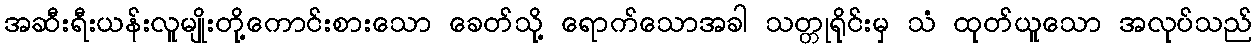
အဆီးရီးယန်းလူမျိုးတို့ကောင်းစားသော ခေတ်သို့ ရောက်သောအခါ သတ္တုရိုင်းမှ သံ ထုတ်ယူသော အလုပ်သည်